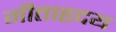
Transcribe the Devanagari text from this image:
गीताहृदय